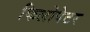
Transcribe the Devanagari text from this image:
फिलोपेटर